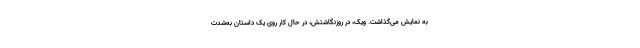
به نمایش می‌گذاشت. ویک، در روزنگاشتش، در حال کار روی یک داستان به‌شدت